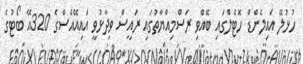
ހުޅުލޭ އައިލެންޑް ހޮޓެލްގައި ބޭއްވި ރަސްމިއްޔާތުގައި ރައީސް ވިދާޅުވީ އައިއޭއެސްގެ 320އޭ ބޯޓުގެ